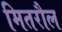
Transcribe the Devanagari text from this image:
मितरौल